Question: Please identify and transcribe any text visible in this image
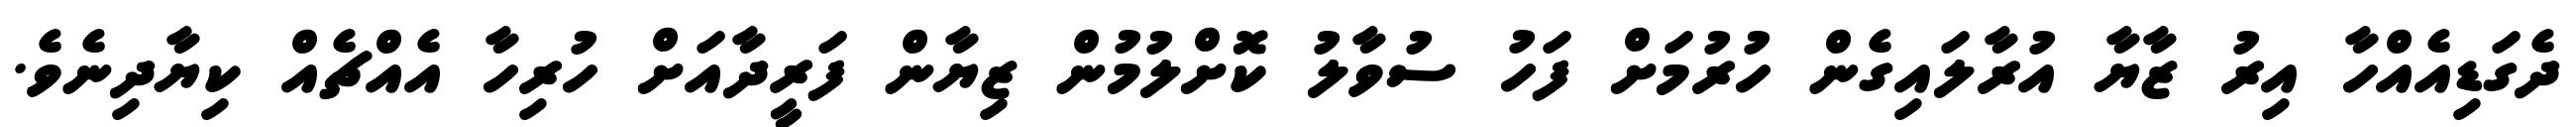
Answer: ދެގަޑިއެއްހާ އިރު ޒާޔާ އުރާލައިގެން ހުރުމަށް ފަހު ސުވާލު ކޮށްލުމުން ޒިޔާން ފަރީދާއަށް ހުރިހާ އެއްޗެއް ކިޔާދިނެވެ.